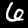
Label: 6